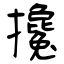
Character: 攙